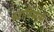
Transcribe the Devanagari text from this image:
स्टानिसलौ